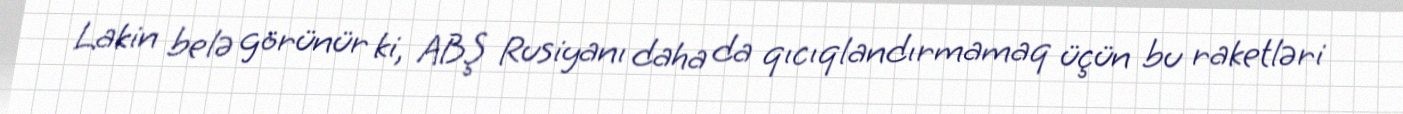
Lakin belə görünür ki, ABŞ Rusiyanı daha da qıcıqlandırmamaq üçün bu raketləri